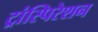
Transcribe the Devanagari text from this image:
ट्रांस्पिरेशन